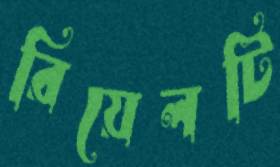
রিয়েলটি